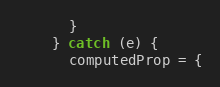
Language: JavaScript
      }
    } catch (e) {
      computedProp = {